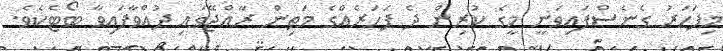
މިފަހަރު ގެނެސްފައިވަނީ މީގެ ކުރިން ދެ ފަހަރެއްގެ މަތިން ރާއްޖޭގައި ދުއްވާފައިވާ ބޯޓެކެވެ.